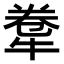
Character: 𤙻